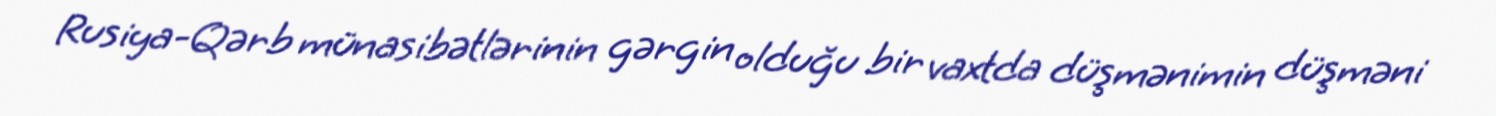
Rusiya-Qərb münasibətlərinin gərgin olduğu bir vaxtda düşmənimin düşməni